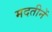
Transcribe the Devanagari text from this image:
मदतीनें